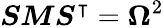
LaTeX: \boldsymbol{S}\boldsymbol{M}\boldsymbol{S}^{\intercal}=\boldsymbol{\Omega}^{2}